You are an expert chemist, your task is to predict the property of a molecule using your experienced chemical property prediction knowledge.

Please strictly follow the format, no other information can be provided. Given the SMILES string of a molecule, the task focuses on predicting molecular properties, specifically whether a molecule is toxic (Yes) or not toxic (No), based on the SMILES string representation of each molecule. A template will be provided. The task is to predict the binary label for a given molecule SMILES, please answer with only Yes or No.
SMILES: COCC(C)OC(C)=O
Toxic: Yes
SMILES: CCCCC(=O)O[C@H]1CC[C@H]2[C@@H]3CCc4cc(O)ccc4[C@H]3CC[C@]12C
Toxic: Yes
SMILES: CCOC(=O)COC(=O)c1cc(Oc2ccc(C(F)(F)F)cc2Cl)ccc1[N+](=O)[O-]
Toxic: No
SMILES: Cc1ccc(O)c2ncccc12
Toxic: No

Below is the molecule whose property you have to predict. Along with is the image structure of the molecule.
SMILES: CCOC(=O)c1ccccc1O
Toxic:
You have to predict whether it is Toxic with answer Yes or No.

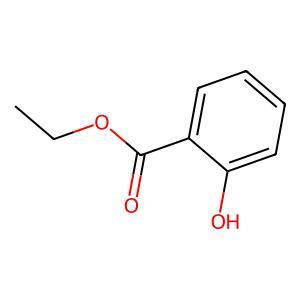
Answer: No